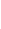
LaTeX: \! \! \! \! \! \! \! \! \! \! \! \eta\! \! \! \! \! \! \! \! \! \! \! \! _{\! }\! \! \! \! \! \! \! \! \! \! \! 1\! \! \! \! \! \! \! \! \! \! \! \! =\! \! \! \! \! \! \! \! \! \! \! \! \eta\! \! \! \! \! \! \! \! \! \! \! \! (\! \! \! \! \! \! \! \! \! \! \! \! -\mathscr{R}\! \! \! \! \! \! \! \! \! \! \! \! ,\! \! \! \! \! \! \! \! \! \! \! \! 0\! \! \! \! \! \! \! \! \! \! \! \! )\! \! \! \! \! \! \! \! \! \! \!